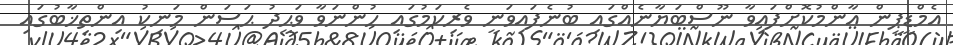
އެމްޑީޕީން އާންމުކޮށްފައިވާ ނޫސްބަޔާނެއްގައި ބުނެފައިވަނީ ވެރިކަމުގައި ހުންނަވާ ވަޙީދު ޙަސަން މަނިކު އިންތިޚާބުގައި